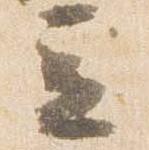
立